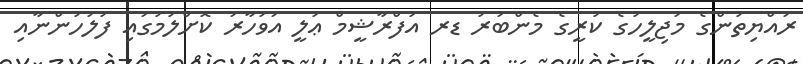
ރައްޔިތުންގެ މަޖިލީހުގެ ކުރީގެ މެންބަރު ޑރ އަފްރާޝީމް ޢަލީ އަވަހާރަ ކޮށްލުމުގައި ފުލުހުންނާއި